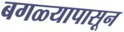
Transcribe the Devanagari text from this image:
बगळ्यापासून